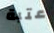
عتبة